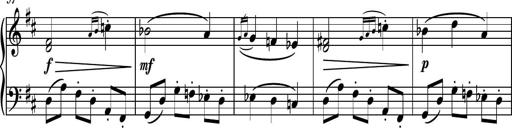
Title: Piano Sonatina No.4
Composer: Dimitri Sykias
Key: D major